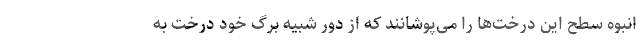
انبوه سطح این درخت‌ها را می‌پوشانند که از دور شبیه برگ خود درخت به